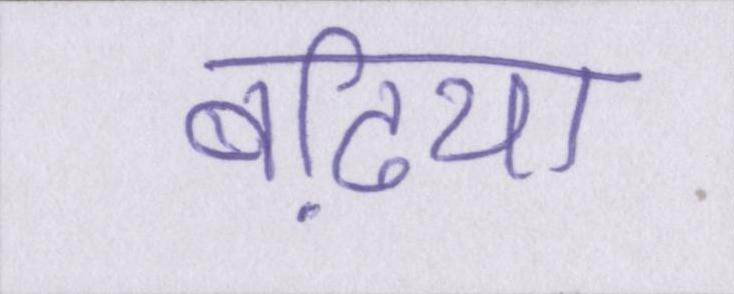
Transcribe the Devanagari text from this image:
बढि़या